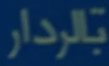
بَلْدَار